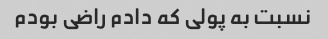
نسبت به پولی که دادم راضی بودم